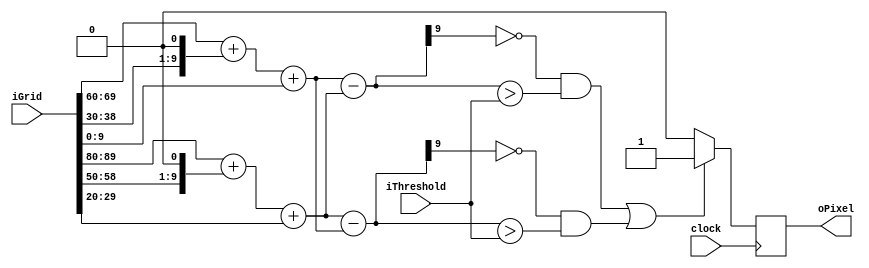
/////////////////////////////////////////////////
// 3x3 Convolution for Vertical Edge Detection //
/////////////////////////////////////////////////

module edgedetectV (
	clock,
	iGrid,
	iThreshold,
	oPixel
	);
	
	input	wire				clock;
	input	wire	[89:0]	iGrid;
	input wire	[9:0]		iThreshold;

	
	output	reg	oPixel; //0 if not edge, 1 if edge
	
	wire	[9:0] left, right, sum1, sum2;
	wire	[9:0] intensity [8:0];
	
	assign intensity[0] = iGrid[9:0];
	assign intensity[1] = iGrid[19:10];
	assign intensity[2] = iGrid[29:20];
	assign intensity[3] = iGrid[39:30];
	assign intensity[4] = iGrid[49:40];
	assign intensity[5] = iGrid[59:50];
	assign intensity[6] = iGrid[69:60];
	assign intensity[7] = iGrid[79:70];
	assign intensity[8] = iGrid[89:80];
	
	assign right = intensity[6]+(intensity[3]<<1)+intensity[0];
	assign left = intensity[8]+(intensity[5]<<1)+intensity[2];
	
	assign sum1 = right-left;
	assign sum2 = left-right;
	
	always @ (posedge clock) begin
		if ((sum1[9]==0 && (sum1 > iThreshold)) || (sum2[9]==0 && (sum2 > iThreshold))) begin
			oPixel <= 1'b1;
		end
		else begin
			oPixel <= 1'b0;
		end
	end
endmodule